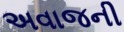
અવાજની